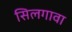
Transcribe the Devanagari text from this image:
सिलगावा